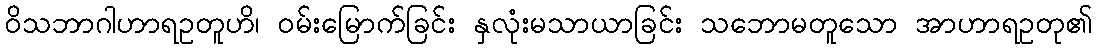
ဝိသဘာဂါဟာရဥတူဟိ၊ ဝမ်းမြောက်ခြင်း နှလုံးမသာယာခြင်း သဘောမတူသော အာဟာရဥတု၏